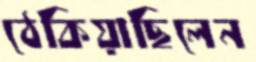
ঠেকিয়াছিলেন